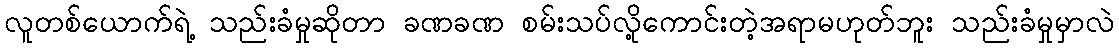
လူတစ်ယောက်ရဲ့ သည်းခံမှုဆိုတာ ခဏခဏ စမ်းသပ်လို့ကောင်းတဲ့အရာမဟုတ်ဘူး သည်းခံမှုမှာလဲ